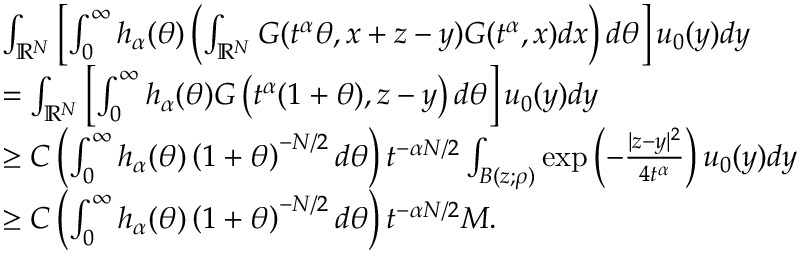
\begin{array} { r l } & { \int _ { \mathbb { R } ^ { N } } \left[ \int _ { 0 } ^ { \infty } h _ { \alpha } ( \theta ) \left( \int _ { \mathbb { R } ^ { N } } G ( t ^ { \alpha } \theta , x + z - y ) G ( t ^ { \alpha } , x ) d x \right) d \theta \right] u _ { 0 } ( y ) d y } \\ & { = \int _ { \mathbb { R } ^ { N } } \left[ \int _ { 0 } ^ { \infty } h _ { \alpha } ( \theta ) G \left( t ^ { \alpha } ( 1 + \theta ) , z - y \right) d \theta \right] u _ { 0 } ( y ) d y } \\ & { \ge C \left( \int _ { 0 } ^ { \infty } h _ { \alpha } ( \theta ) \left( 1 + \theta \right) ^ { - N / 2 } d \theta \right) t ^ { - \alpha N / 2 } \int _ { B ( z ; \rho ) } \exp \left( - \frac { | z - y | ^ { 2 } } { 4 t ^ { \alpha } } \right) u _ { 0 } ( y ) d y } \\ & { \ge C \left( \int _ { 0 } ^ { \infty } h _ { \alpha } ( \theta ) \left( 1 + \theta \right) ^ { - N / 2 } d \theta \right) t ^ { - \alpha N / 2 } M . } \end{array}